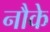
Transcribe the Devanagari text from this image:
नौके